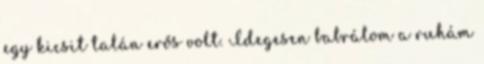
egy kicsit talán erős volt. Idegesen babrálom a ruhám